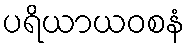
ပရိယာယဝစနံ